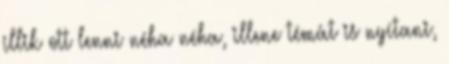
illik ott lenni néha néha, illene témát is nyítani,